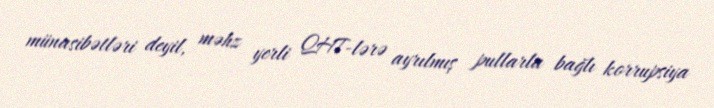
münasibətləri deyil, məhz yerli QHT-lərə ayrılmış pullarla bağlı korrupsiya